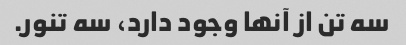
سه تن از آنها وجود دارد، سه تنور.